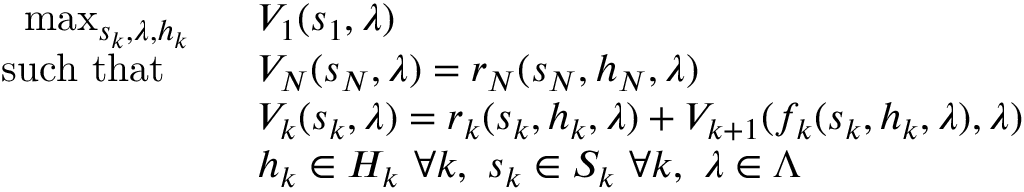
\begin{array} { r l } { \operatorname* { m a x } _ { s _ { k } , \lambda , h _ { k } } \ \ } & { V _ { 1 } ( s _ { 1 } , \lambda ) } \\ { \mathrm { s u c h ~ t h a t ~ } \quad } & { V _ { N } ( s _ { N } , \lambda ) = r _ { N } ( s _ { N } , h _ { N } , \lambda ) } \\ & { V _ { k } ( s _ { k } , \lambda ) = r _ { k } ( s _ { k } , h _ { k } , \lambda ) + V _ { k + 1 } ( f _ { k } ( s _ { k } , h _ { k } , \lambda ) , \lambda ) } \\ & { h _ { k } \in H _ { k } \ \forall k , \ s _ { k } \in S _ { k } \ \forall k , \ \lambda \in \Lambda } \end{array}